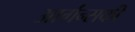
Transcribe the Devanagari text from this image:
आर्गन्सकी